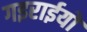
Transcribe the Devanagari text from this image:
गइराईयों